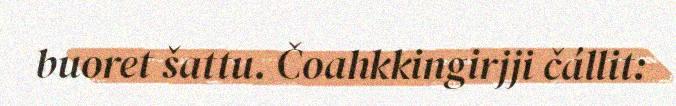
buoret šattu. Čoahkkingirjji čállit: